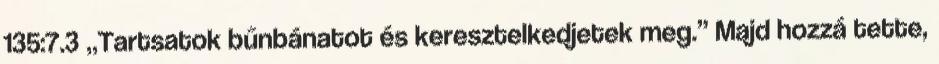
135:7.3 „Tartsatok bűnbánatot és keresztelkedjetek meg.” Majd hozzá tette,